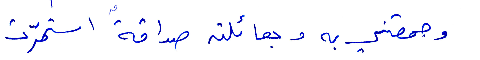
وجمعتني به وبعائلته صداقة استمرت